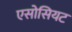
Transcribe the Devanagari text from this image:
एसोसियट